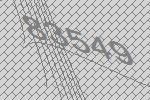
83549